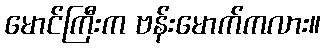
မောင်ကြီးက ဗန်းမောက်ကလား။